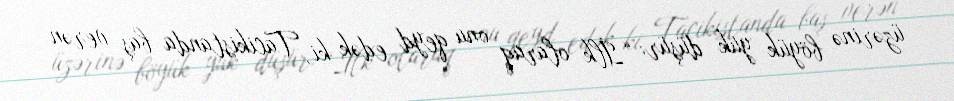
üzərinə böyük yük düşür: “İlk olaraq onu qeyd edək ki, Tacikistanda baş verən